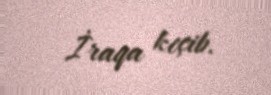
İraqa keçib.